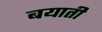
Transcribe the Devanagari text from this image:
बयाती